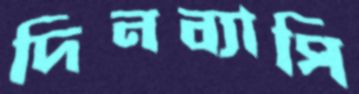
দিনব্যাপি